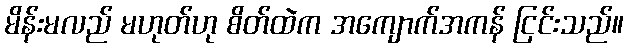
မိန်းမလည် မဟုတ်ဟု စိတ်ထဲက အကျောက်အကန် ငြင်းသည်။